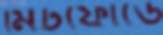
মিটফোর্ডে